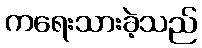
ကရေးသားခဲ့သည်